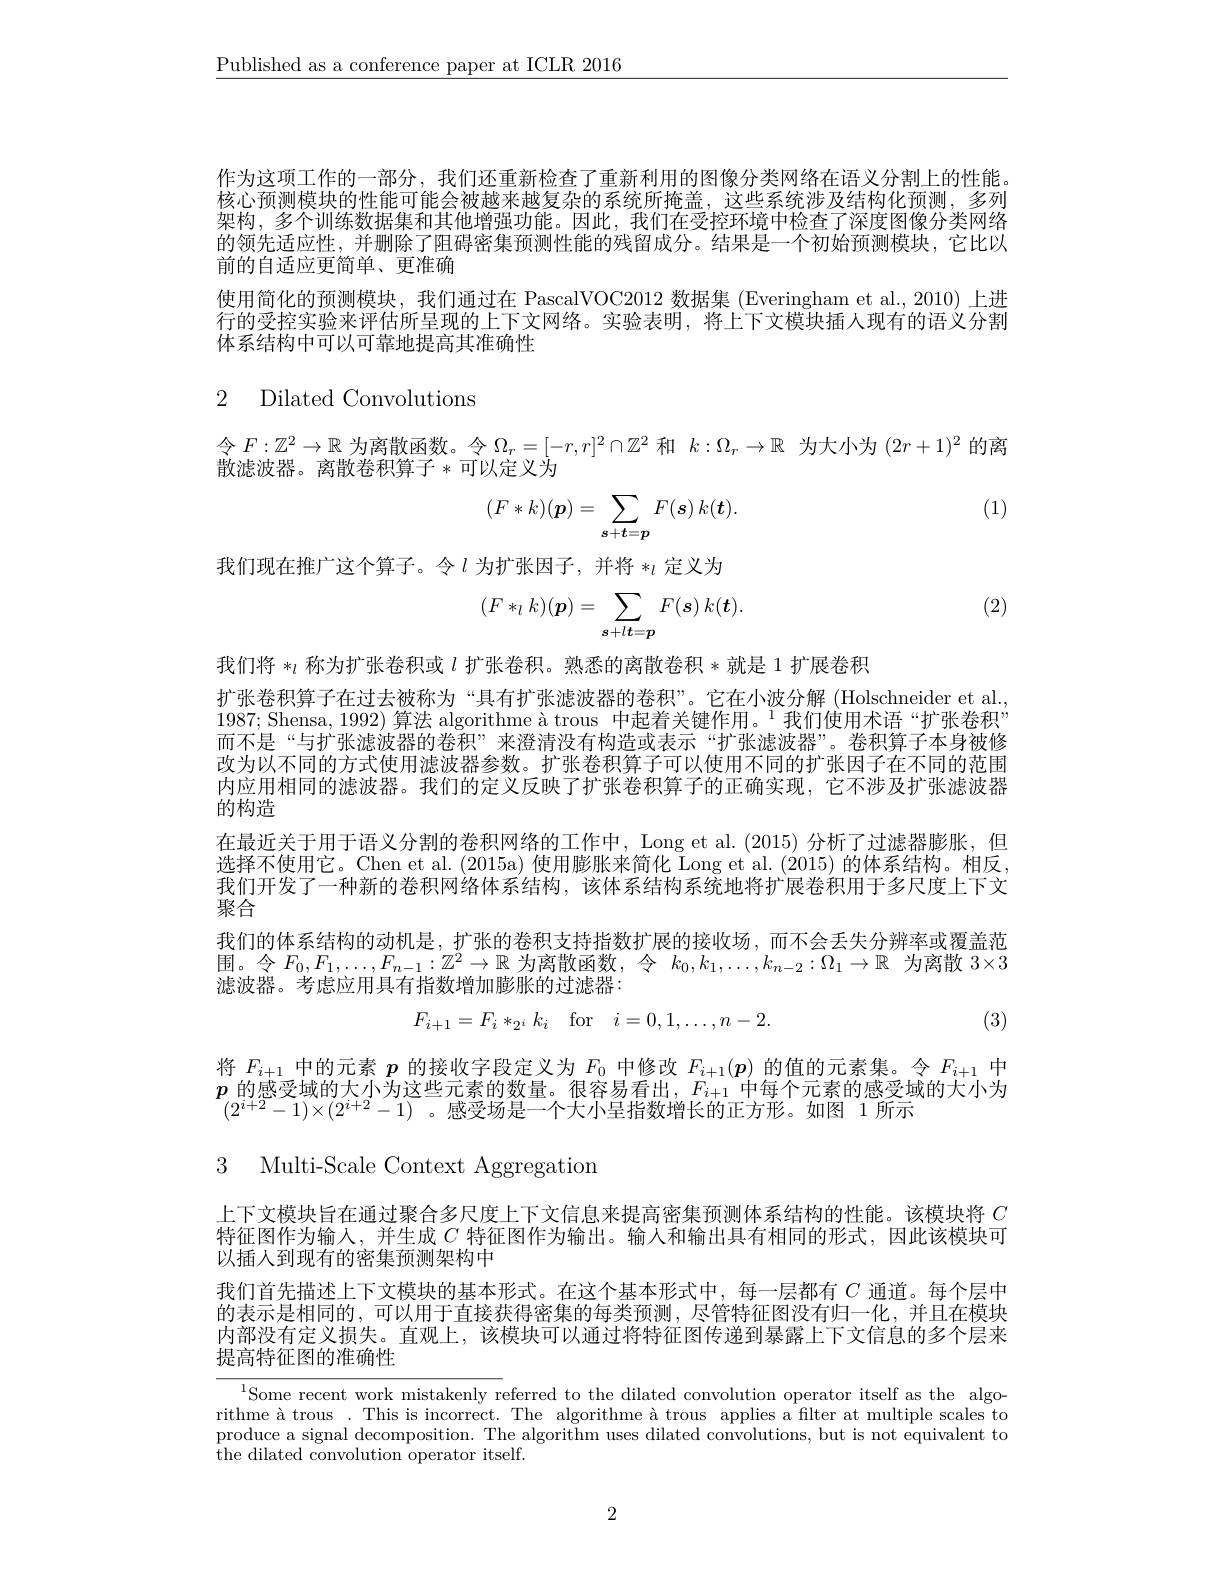
$\underline{\text{Published as a conference paper at ICLR 2016}}$

作为这项工作的一部分，我们还重新检查了重新利用的图像分类网络在语义分割上的性能。核心预测模块的性能可能会被越来越复杂的系统所掩盖，这些系统涉及结构化预测，多列架构，多个训练数据集和其他增强功能。因此，我们在受控环境中检查了深度图像分类网络的领先适应性，并删除了阻碍密集预测性能的残留成分。结果是一个初始预测模块，它比以前的自适应更简单、更准确

使用简化的预测模块，我们通过在 PascalVOC2012 数据集 (Everingham et al.,2010) 上进行的受控实验来评估所呈现的上下文网络。实验表明，将上下文模块插人现有的语义分割体系结构中可以可靠地提高其准确性

# 2 Dilated Convolutions

令 $F: \mathbb{Z} ^2\to \mathbb{R}$ 为 离 散 函 数 。令 $\Omega _r= [ - r, r] ^2\cap \mathbb{Z} ^2$ 和 $k: \Omega _r\to \mathbb{R}$ 为 大 小 为 $( 2r+ 1) ^2$ 的 离
散滤波器。离散卷积算子*可以定义为

(1)
$$(F*k)(\boldsymbol{p})=\sum_{s+\boldsymbol{t}=\boldsymbol{p}}F(\boldsymbol{s})\:k(\boldsymbol{t}).$$
我们现在推广这个算子。令$l$为扩张因子，并将$*_l$定义为

(2)
$$(F*_lk)(\boldsymbol{p})=\sum_{s+l\boldsymbol{t}=\boldsymbol{p}}F(\boldsymbol{s})\:k(\boldsymbol{t}).$$
我们将 $*_l$ 称为扩张卷积或 $l$ 扩张卷积。熟悉的离散卷积*就是 1 扩展卷积
扩张卷积算子在过去被称为“具有扩张滤波器的卷积”。它在小波分解(Holschneider et al. 1987; Shensa, 1992) 算法 algorithme à trous 中起着关键作用。$^1$我们使用术语“扩张卷积” 而不是“与扩张滤波器的卷积”来澄清没有构造或表示“扩张滤波器”。卷积算子本身被修改为以不同的方式使用滤波器参数。扩张卷积算子可以使用不同的扩张因子在不同的范围内应用相同的滤波器。我们的定义反映了扩张卷积算子的正确实现，它不涉及扩张滤波器的构造
在最近关于用于语义分割的卷积网络的工作中，Long et al.(2015) 分析了过滤器膨胀，但选择不使用它。Chen et al. (2015a) 使用膨胀来简化 Long et al. (2015) 的体系结构。相反， 我们开发了一种新的卷积网络体系结构，该体系结构系统地将扩展卷积用于多尺度上下文聚合
我们的体系结构的动机是，扩张的卷积支持指数扩展的接收场，而不会丢失分辨率或覆盖范围。令$F_0,F_1,\ldots,F_{n-1}:\mathbb{Z}^2\to\mathbb{R}$为离散函数，令$k_0,k_1,\ldots,k_{n-2}:\Omega_1\to\mathbb{R}$为离散 3×3滤波器。考虑应用具有指数增加膨胀的过滤器：
$$F_{i+1}=F_{i}*_{2^{i}}k_{i}\quad\mathrm{for}\quad i=0,1,\ldots,n-2.$$
(3)

将$F_{i+1}$中的元素$p$的接收字段定义为$F_0$中修改$F_i+1(\boldsymbol{p})$的值的元素集。令$F_i+1$中$\boldsymbol{p}$的感受域附大小为这些兀素附数量。很谷易看出，$F_i+1$中母个元素的感受域的大小为$(2^{i+2}-1)\times(2^{i+2}-1)$ 。感受场是一个大小呈指数增长的正方形。如图 1所示

3 Multi-Scale Context Aggregation

上下文模块旨在通过聚合多尺度上下文信息来提高密集预测体系结构的性能。该模块将$C$ 特征图作为输入，并生成$C$特征图作为输出。输人和输出具有相同的形式，因此该模块可以插人到现有的密集预测架构中

我们首先描述上下文模块的基本形式。在这个基本形式中，每一层都有$C$通道。每个层中的表示是相同的，可以用于直接获得密集的每类预测，尽管特征图没有归一化，并且在模块内部没有定义损失。直观上，该模块可以通过将特征图传递到暴露上下文信息的多个层来提高特征图的准确性

${\frac{1}{\text{Some recent work mistakenly r}}{\text{eferred to the dilated convolution operator itself as the algo-}}}{\text{rithme à trous. This is incorrect. The algorithme à trous applies a filter at multiple scales to}}$ produce a signal decomposition. The algorithm uses dilated convolutions, but is not equivalent to the dilated convolution operator itself.

2